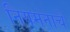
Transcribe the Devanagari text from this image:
नियमनाचे